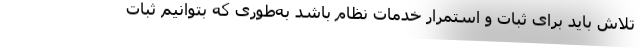
تلاش باید برای ثبات و استمرار خدمات نظام باشد به‌طوری که بتوانیم ثبات